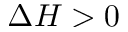
\Delta H > 0